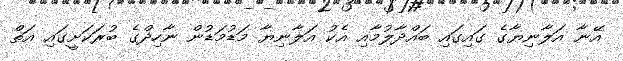
އޭނާ އަލާނިޔާގެ ގައިގައި ބައްދާލުމާއި އެކު އަލާނިޔާ މަޑުމަޑުން ނާހިދްގެ ބުރަކަށީގައި އަތް